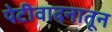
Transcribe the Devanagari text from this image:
पेटीवादनातून